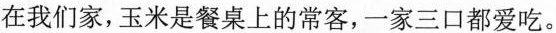
我们家，玉米是餐桌上的常客。一家二口都爱吃。